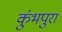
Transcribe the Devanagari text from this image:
कुंभपुरा